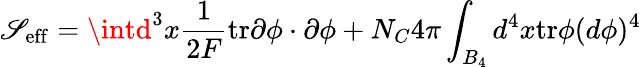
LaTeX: \mathscr{S}_{\mathrm{{eff}}}=\intd^{3}x\frac{{1}}{{2F}}\mathrm{{tr}}\partial\phi\cdot\partial\phi+{N_{C}}{4\pi}\int_{B_{4}}d^{4}x\mathrm{{tr}}\phi(d\phi)^{4}